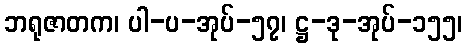
ဘရုဇာတက၊ ပါ-ပ-အုပ်-၅၇၊ ဋ္ဌ-ဒု-အုပ်-၁၅၅၊